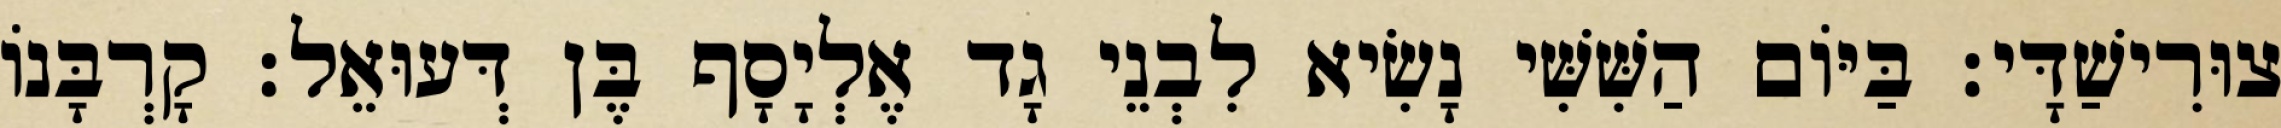
צוּרִישַׁדָּי׃ בַּיּוֹם הַשִּׁשִּׁי נָשִׂיא לִבְנֵי גָד אֶלְיָסָף בֶּן דְּעוּאֵל׃ קָרְבָּנוֹ